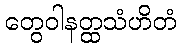
တွေဝါနတ္ထသံဟိတံ